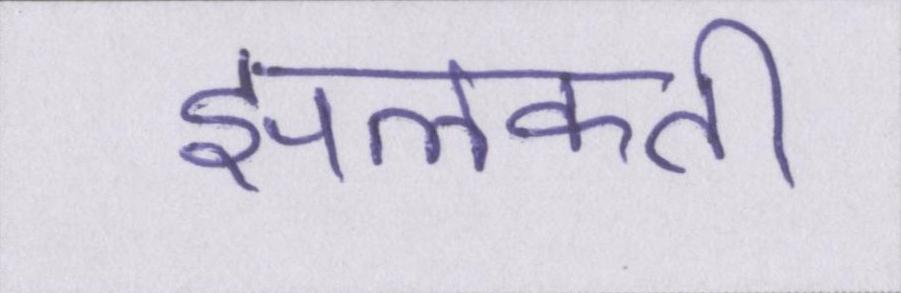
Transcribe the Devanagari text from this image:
झलकती